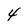
Character: 4